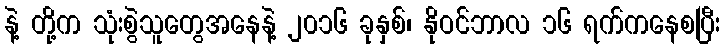
နဲ့ တို့က သုံးစွဲသူတွေအနေနဲ့ ၂၀၁၆ ခုနှစ်၊ နိုဝင်ဘာလ ၁၆ ရက်ကနေစပြီး